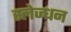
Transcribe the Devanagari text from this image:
स्लेज्धन